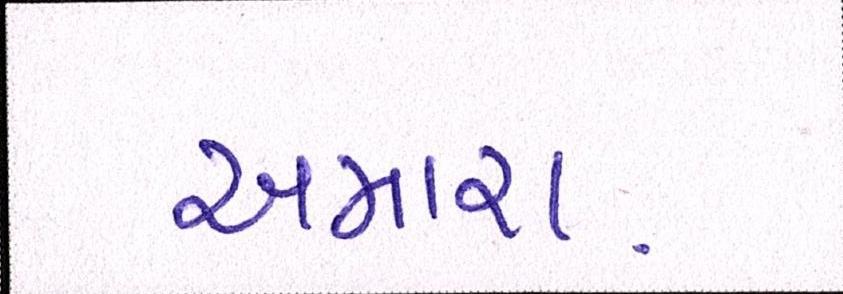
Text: અમારા